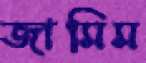
জামিম